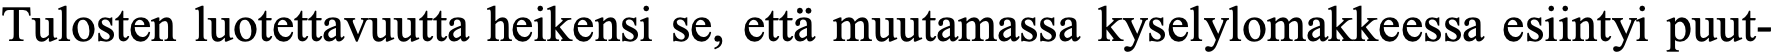
Tulosten luotettavuutta heikensi se, että muutamassa kyselylomakkeessa esiintyi puut-